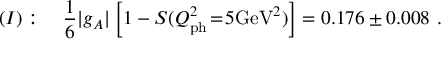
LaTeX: ( I ) : \quad \frac { 1 } { 6 } | g _ { A } | \left[ 1 - S ( Q _ { \mathrm { p h } } ^ { 2 } \! = \! 5 \mathrm { G e V } ^ { 2 } ) \right] = 0 . 1 7 6 \pm 0 . 0 0 8 \ .